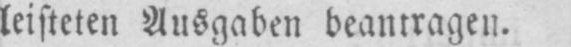
leisteten Ausgaben beantragen.